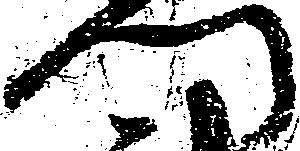
門